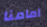
امامنا